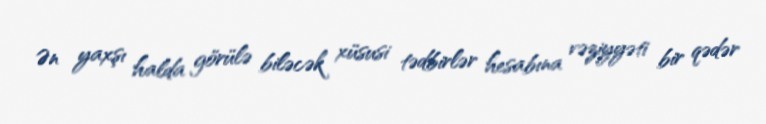
Ən yaxşı halda görülə biləcək xüsusi tədbirlər hesabına vəziyyəti bir qədər